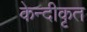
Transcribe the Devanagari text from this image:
केन्दीकृत